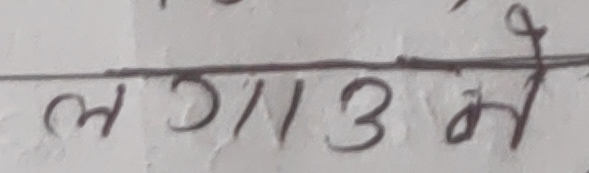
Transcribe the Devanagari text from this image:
लगाउने